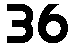
36